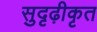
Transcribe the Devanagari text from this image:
सुदृढ़ीकृत